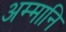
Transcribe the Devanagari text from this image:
अम्मानि